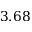
3 . 6 8